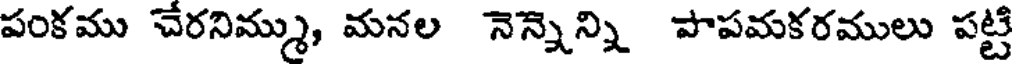
పంకము చేరనిమ్ము, మనల నెన్నెన్ని పాపమకరములు పట్టి